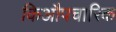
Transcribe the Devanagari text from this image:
किऔपचारिक